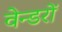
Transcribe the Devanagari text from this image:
वेन्डरों